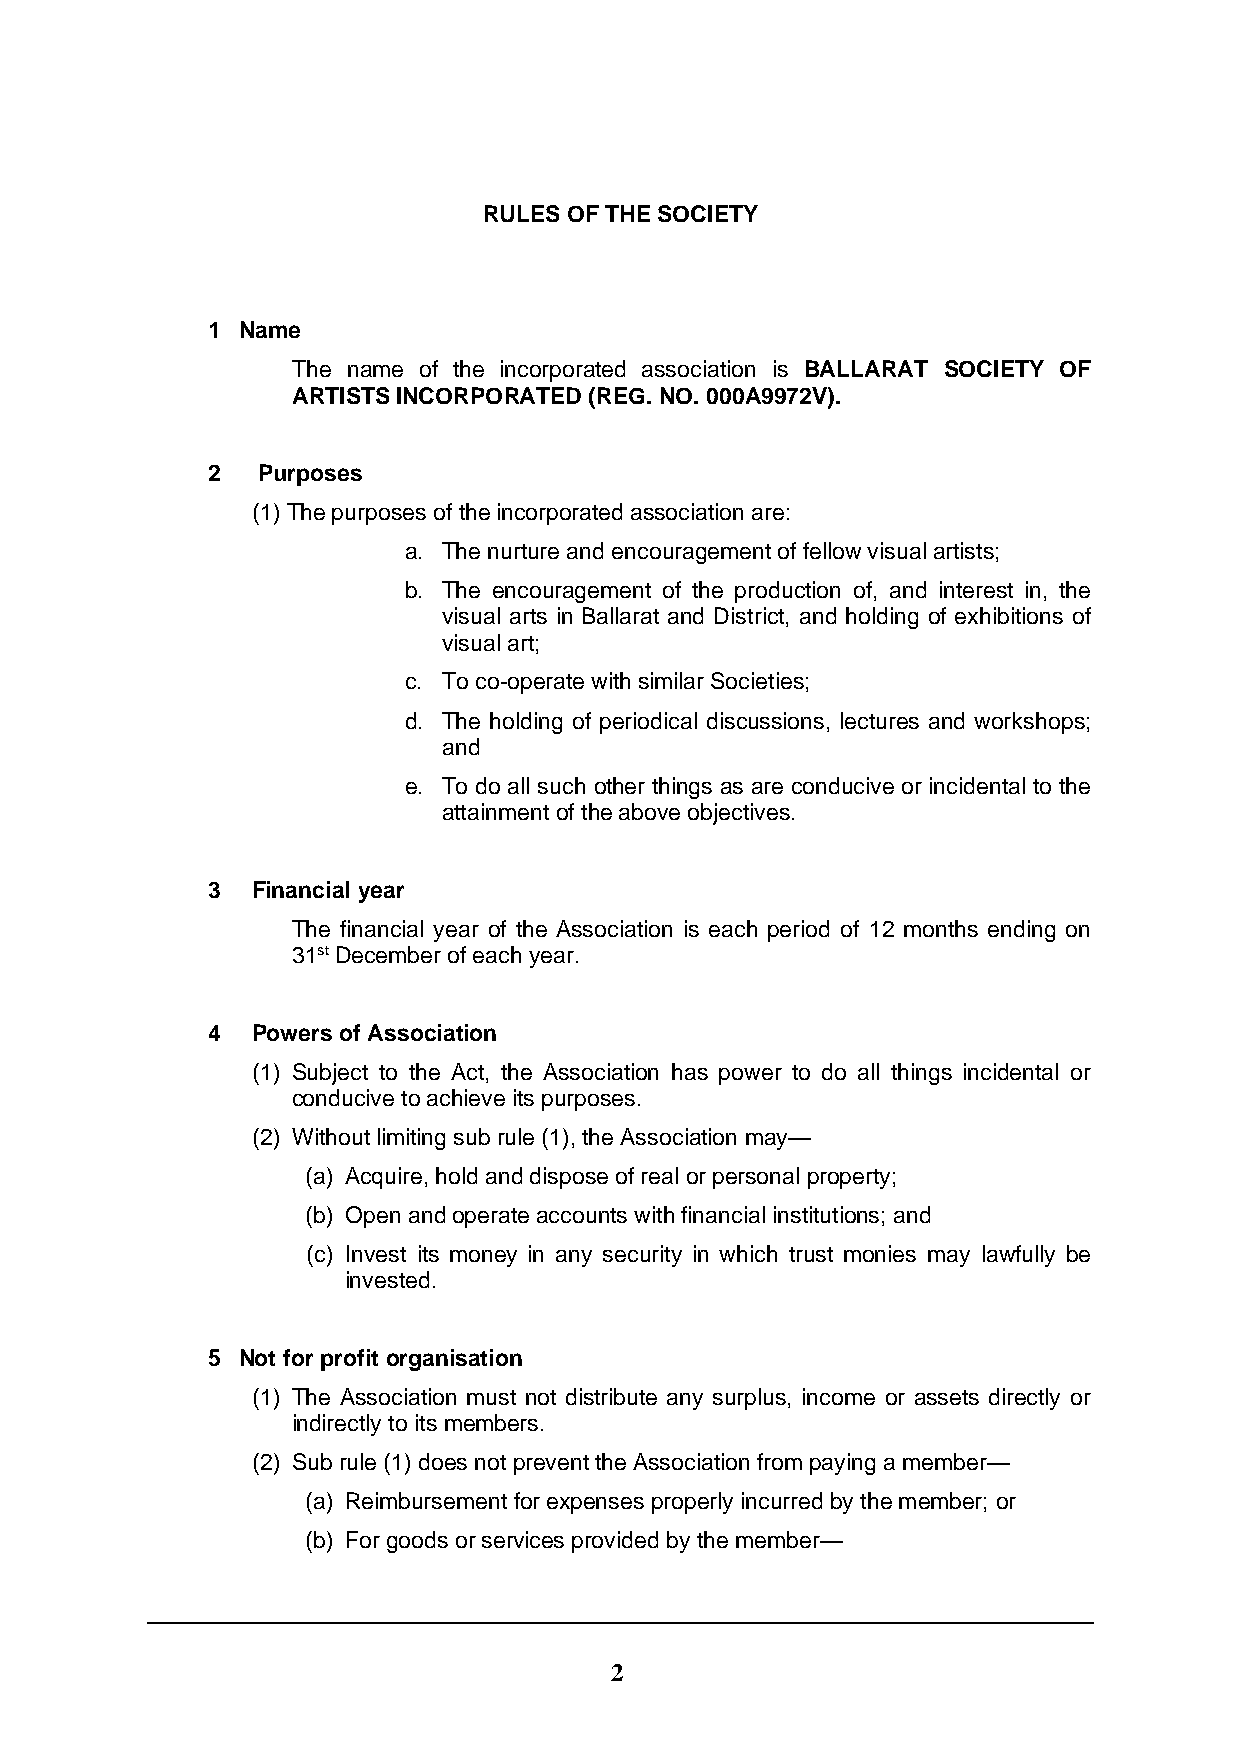
RULES OF THE SOCIETY
 1 Name
 The name of the incorporated association is BALLARAT SOCIETY OF
 ARTISTS INCORPORATED (REG. NO. 000A9972V).
 2  Purposes
 (1) The purposes of the incorporated association are:
 a. The nurture and encouragement of fellow visual artists;
 b. The encouragement of the production of, and interest in, the
 visual arts in Ballarat and District, and holding of exhibitions of
 visual art;
 c. To co-operate with similar Societies;
 d. The holding of periodical discussions, lectures and workshops;
 and
 e. To do all such other things as are conducive or incidental to the
 attainment of the above objectives.
 3  Financial year
 The financial year of the Association is each period of 12 months ending on
 31st December of each year.
 4  Powers of Association
 (1) Subject to the Act, the Association has power to do all things incidental or
 conducive to achieve its purposes.
 (2) Without limiting sub rule (1), the Association may—
 (a) Acquire, hold and dispose of real or personal property;
 (b) Open and operate accounts with financial institutions; and
 (c) Invest its money in any security in which trust monies may lawfully be
 invested.
 5 Not for profit organisation
 (1) The Association must not distribute any surplus, income or assets directly or
 indirectly to its members.
 (2) Sub rule (1) does not prevent the Association from paying a member—
 (a) Reimbursement for expenses properly incurred by the member; or
 (b) For goods or services provided by the member—
 2